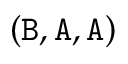
( \mathtt { B } , \mathtt { A } , \mathtt { A } )